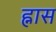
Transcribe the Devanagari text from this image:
ह्नास